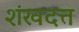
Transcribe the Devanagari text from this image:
शंखदत्त